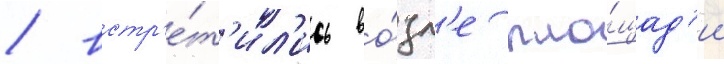
/ встр'е́т'ил'ись во́зл'е пло́щад'и